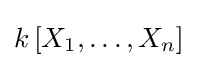
k\left[X_{1},\dots ,X_{n}\right]